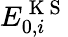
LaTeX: E_{0,i}^{\mathrm{~K~S~}}